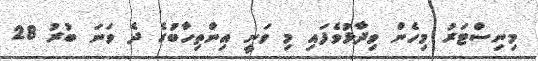
މިނިސްޓަރު މިހެން ވިދާޅުވެފައި މި ވަނީ އިންތިހާބުގެ ދެ ވަނަ ބުރު 28